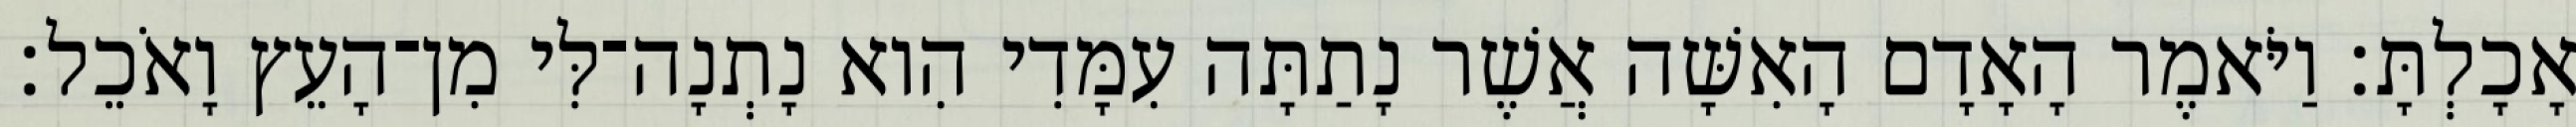
אָכָלְתָּ׃ וַיֹּאמֶר הָאָדָם הָאִשָּׁה אֲשֶׁר נָתַתָּה עִמָּדִי הִוא נָתְנָה־לִּי מִן־הָעֵץ וָאֹכֵל׃